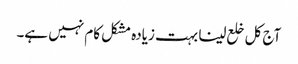
آج کل خلع لینا بہت زیادہ مشکل کام نہیں ہے۔